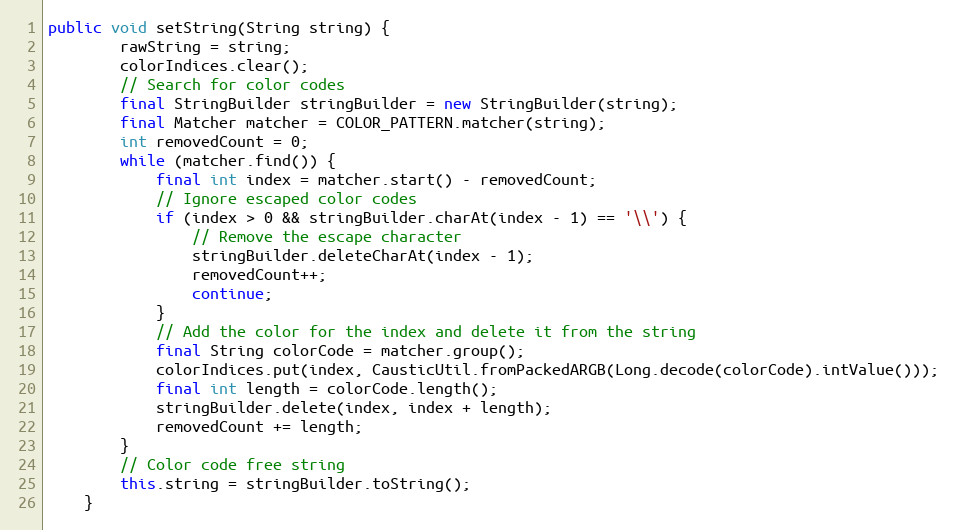
Language: Java
public void setString(String string) {
        rawString = string;
        colorIndices.clear();
        // Search for color codes
        final StringBuilder stringBuilder = new StringBuilder(string);
        final Matcher matcher = COLOR_PATTERN.matcher(string);
        int removedCount = 0;
        while (matcher.find()) {
            final int index = matcher.start() - removedCount;
            // Ignore escaped color codes
            if (index > 0 && stringBuilder.charAt(index - 1) == '\\') {
                // Remove the escape character
                stringBuilder.deleteCharAt(index - 1);
                removedCount++;
                continue;
            }
            // Add the color for the index and delete it from the string
            final String colorCode = matcher.group();
            colorIndices.put(index, CausticUtil.fromPackedARGB(Long.decode(colorCode).intValue()));
            final int length = colorCode.length();
            stringBuilder.delete(index, index + length);
            removedCount += length;
        }
        // Color code free string
        this.string = stringBuilder.toString();
    }